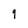
Character: 9